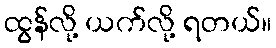
ထွန်လို့ ယက်လို့ ရတယ်။